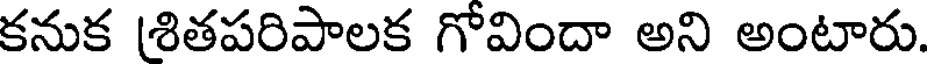
కనుక (శితపరిపాలక గోవిందా అని అంటారు.